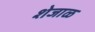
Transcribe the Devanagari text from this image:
शेजाळ